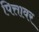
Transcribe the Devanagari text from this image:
पित्तावर